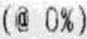
(@ 0%)